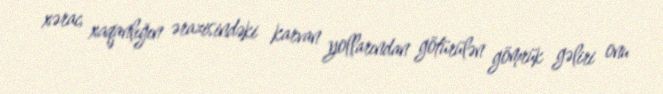
xərac, xaqanlığın ərazisindəki karvan yollarından götürülən gömrük gəliri onu